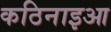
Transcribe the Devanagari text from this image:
कठिनाइआ